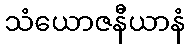
သံယောဇနီယာနံ